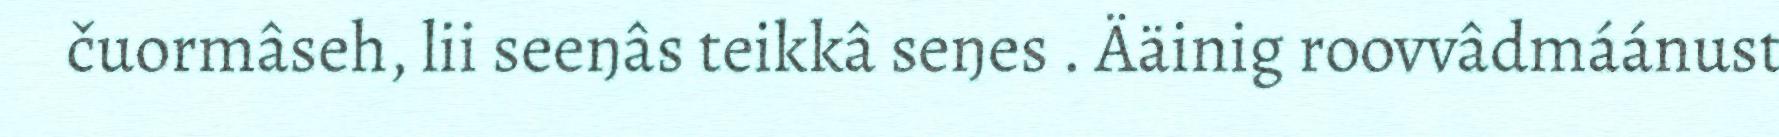
čuormâseh, lii seeŋâs teikkâ seŋes . Ääinig roovvâdmáánust